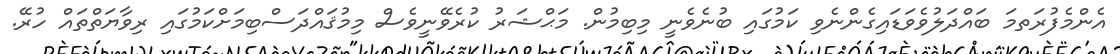
އެންމެފުރަތމަ ބައްދަލުވެވަޑައިގެންނެވި ކަމުގައި ބުނެވެނީ މިބިމުން. މަޙްޝަރު ކުރެވޭނީވެސް މިމުޤައްދަސްބިމަށްކަމުގައި ރިވާޔަތްތައް ހުރޭ.